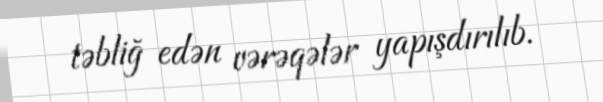
təbliğ edən vərəqələr yapışdırılıb.